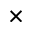
\times